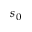
s _ { 0 }